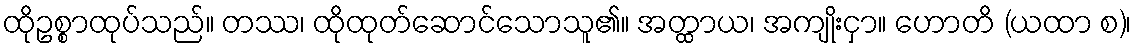
ထိုဥစ္စာထုပ်သည်။ တဿ၊ ထိုထုတ်ဆောင်သောသူ၏။ အတ္ထာယ၊ အကျိုးငှာ။ ဟောတိ (ယထာ စ)၊